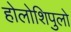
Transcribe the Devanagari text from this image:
होलोशिपुलो